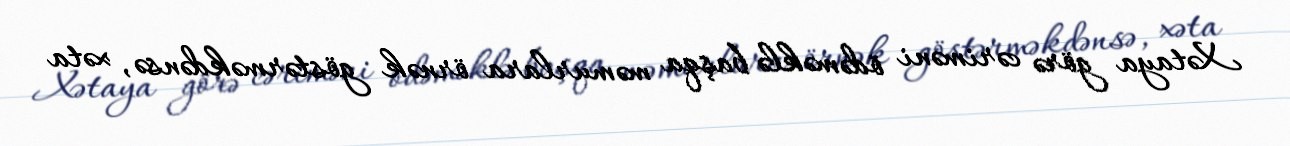
Xətaya görə cəriməni ödəməklə başqa məmurlara örnək göstərməkdənsə, xəta